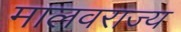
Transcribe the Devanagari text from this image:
मालवराज्य